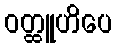
ဝတ္ထူဟိပေ